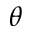
\theta